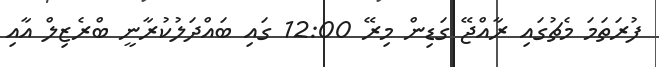
ފުރަތަމަ މެޗުގައި ރާއްޖޭ ގަޑިން މިރޭ 12:00 ގައި ބައްދަލުކުރާނީ ބްރެޒިލް އާއި